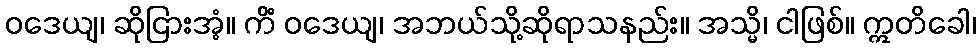
ဝဒေယျ၊ ဆိုငြားအံ့။ ကိံ ဝဒေယျ၊ အဘယ်သို့ဆိုရာသနည်း။ အသ္မိ၊ ငါဖြစ်။ ဣတိခေါ၊